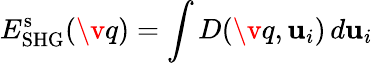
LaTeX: E_{\mathrm{SHG}}^{\mathrm{s}}(\v q)=\int D(\v q,\mathbf{u}_{i})\, d\mathbf{u}_{i}